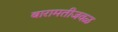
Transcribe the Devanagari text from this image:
बारामतीजवळ